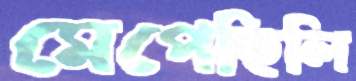
মেপেছিলি